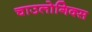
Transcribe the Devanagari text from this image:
चाउलोगिक्स